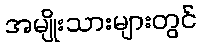
အမျိုးသားများတွင်